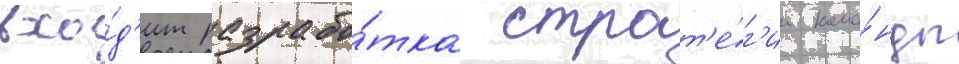
вхо́д'ит разрабо́тка страт'е́г'ии кома́нды